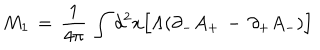
LaTeX: M _ { 1 } \, = \, { \frac { 1 } { 4 \pi } } \, \int d ^ { 2 } x \Big [ \Lambda ( \partial _ { - } A _ { + } \, - \, \partial _ { + } A _ { - } ) \Big ]